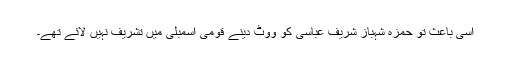
اسی باعث تو حمزہ شہباز شریف عباسی کو ووٹ دینے قومی اسمبلی میں تشریف نہیں لائے تھے۔